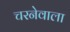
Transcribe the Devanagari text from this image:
चरनेवाला